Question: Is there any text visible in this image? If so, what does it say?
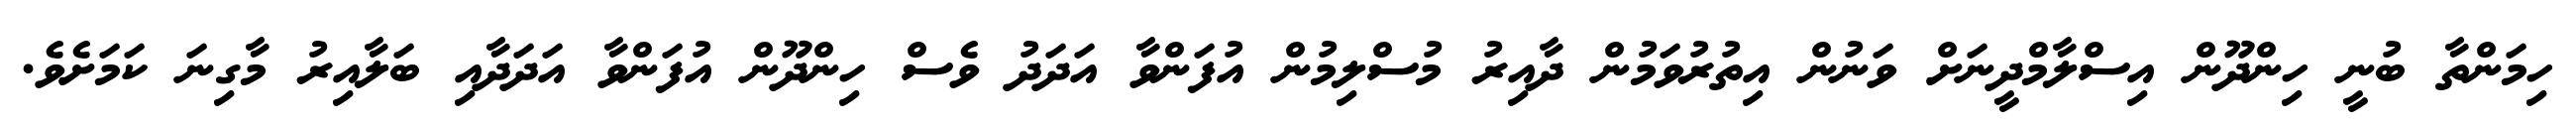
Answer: ހިމަންތާ ބުނީ ހިންދޫން އިސްލާމްދީނަށް ވަނުން އިތުރުވަމުން ދާއިރު މުސްލިމުން އުފަންވާ އަދަދު ވެސް ހިންދޫން އުފަންވާ އަދަދާއި ބަލާއިރު މާގިނަ ކަމަށެވެ.